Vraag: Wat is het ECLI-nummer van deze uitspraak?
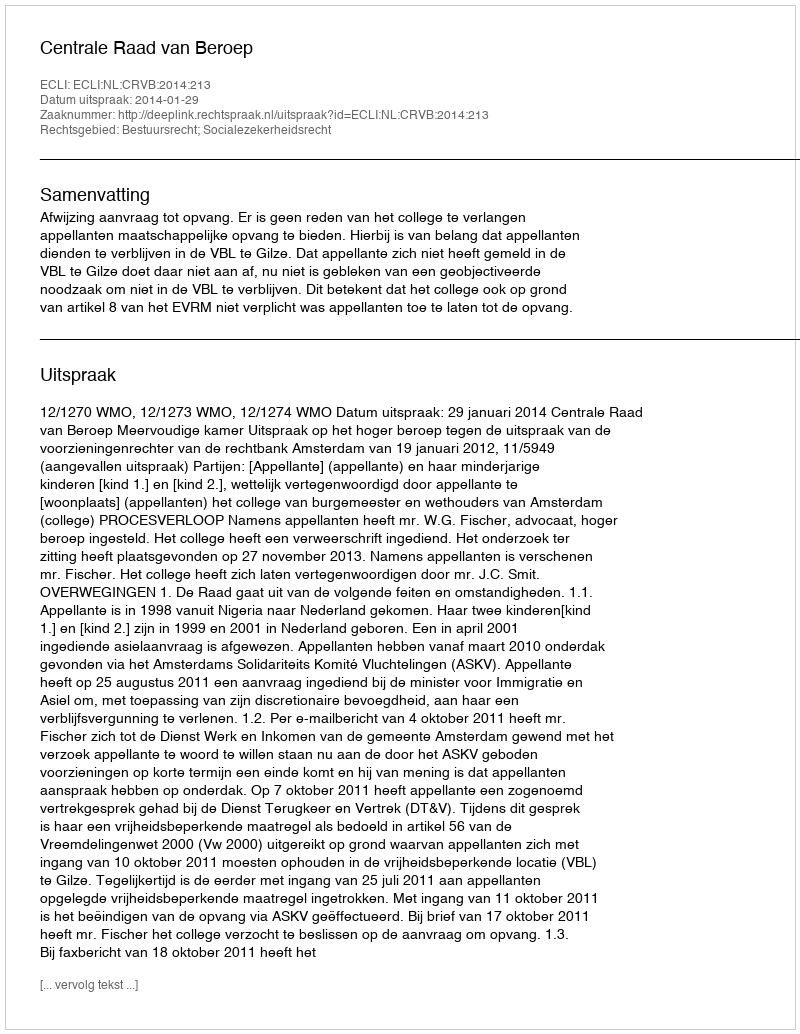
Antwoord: ECLI:NL:CRVB:2014:213